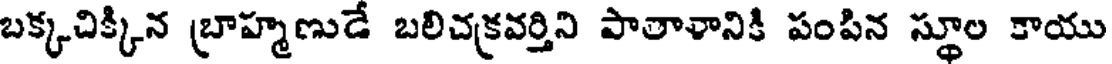
బక్కచిక్కిన బ్రాహ్మణుడే బలిచక్రవర్తిని పాతాళానికి పంపిన స్థూల కాయు